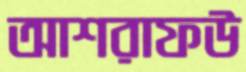
আশরাফউ